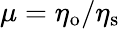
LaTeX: \mu=\eta_{\mathrm{o}}/\eta_{\mathrm{s}}